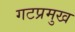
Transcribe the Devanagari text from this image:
गटप्रमुख